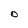
Character: O